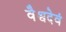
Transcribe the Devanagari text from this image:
वैश्वदेवं